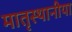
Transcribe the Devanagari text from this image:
मातृस्थानीया